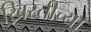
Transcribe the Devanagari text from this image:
ख्रिस्तीच्या